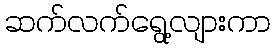
ဆက်လက်ရွေ့လျားကာ